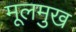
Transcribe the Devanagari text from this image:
मूलमुख